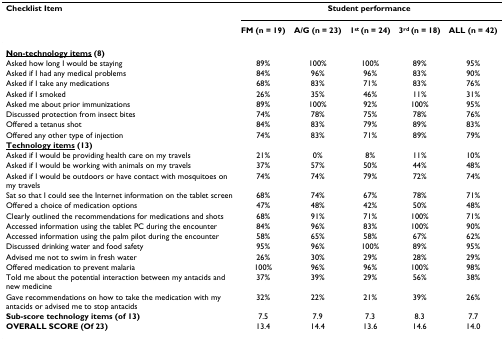
<table><thead><tr><td><b>Checklist Item</b></td><td colspan="5"><b>Student performance</b></td></tr><tr><td></td><td><b>FM (n = 19)</b></td><td><b>A/G (n = 23)</b></td><td><b>1<sup>st </sup>(n = 24)</b></td><td><b>3<sup>rd </sup>(n = 18)</b></td><td><b>ALL (n = 42)</b></td></tr></thead><tbody><tr><td><b><underline>Non-technology items</underline> (8)</b></td><td></td><td></td><td></td><td></td><td></td></tr><tr><td>Asked how long I would be staying</td><td>89%</td><td>100%</td><td>100%</td><td>89%</td><td>95%</td></tr><tr><td>Asked if I had any medical problems</td><td>84%</td><td>96%</td><td>96%</td><td>83%</td><td>90%</td></tr><tr><td>Asked if I take any medications</td><td>68%</td><td>83%</td><td>71%</td><td>83%</td><td>76%</td></tr><tr><td>Asked if I smoked</td><td>26%</td><td>35%</td><td>46%</td><td>11%</td><td>31%</td></tr><tr><td>Asked me about prior immunizations</td><td>89%</td><td>100%</td><td>92%</td><td>100%</td><td>95%</td></tr><tr><td>Discussed protection from insect bites</td><td>74%</td><td>78%</td><td>75%</td><td>78%</td><td>76%</td></tr><tr><td>Offered a tetanus shot</td><td>84%</td><td>83%</td><td>79%</td><td>89%</td><td>83%</td></tr><tr><td>Offered any other type of injection</td><td>74%</td><td>83%</td><td>71%</td><td>89%</td><td>79%</td></tr><tr><td><b><underline>Technology items</underline> (13)</b></td><td></td><td></td><td></td><td></td><td></td></tr><tr><td>Asked if I would be providing health care on my travels</td><td>21%</td><td>0%</td><td>8%</td><td>11%</td><td>10%</td></tr><tr><td>Asked if I would be working with animals on my travels</td><td>37%</td><td>57%</td><td>50%</td><td>44%</td><td>48%</td></tr><tr><td>Asked if I would be outdoors or have contact with mosquitoes on my travels</td><td>74%</td><td>74%</td><td>79%</td><td>72%</td><td>74%</td></tr><tr><td>Sat so that I could see the Internet information on the tablet screen</td><td>68%</td><td>74%</td><td>67%</td><td>78%</td><td>71%</td></tr><tr><td>Offered a choice of medication options</td><td>47%</td><td>48%</td><td>42%</td><td>50%</td><td>48%</td></tr><tr><td>Clearly outlined the recommendations for medications and shots</td><td>68%</td><td>91%</td><td>71%</td><td>100%</td><td>71%</td></tr><tr><td>Accessed information using the tablet PC during the encounter</td><td>84%</td><td>96%</td><td>83%</td><td>100%</td><td>90%</td></tr><tr><td>Accessed information using the palm pilot during the encounter</td><td>58%</td><td>65%</td><td>58%</td><td>67%</td><td>62%</td></tr><tr><td>Discussed drinking water and food safety</td><td>95%</td><td>96%</td><td>100%</td><td>89%</td><td>95%</td></tr><tr><td>Advised me not to swim in fresh water</td><td>26%</td><td>30%</td><td>29%</td><td>28%</td><td>29%</td></tr><tr><td>Offered medication to prevent malaria</td><td>100%</td><td>96%</td><td>96%</td><td>100%</td><td>98%</td></tr><tr><td>Told me about the potential interaction between my antacids and new medicine</td><td>37%</td><td>39%</td><td>29%</td><td>56%</td><td>38%</td></tr><tr><td>Gave recommendations on how to take the medication with my antacids or advised me to stop antacids</td><td>32%</td><td>22%</td><td>21%</td><td>39%</td><td>26%</td></tr><tr><td><b>Sub-score technology items (of 13)</b></td><td>7.5</td><td>7.9</td><td>7.3</td><td>8.3</td><td>7.7</td></tr><tr><td><b>OVERALL SCORE (Of 23)</b></td><td>13.4</td><td>14.4</td><td>13.6</td><td>14.6</td><td>14.0</td></tr></tbody></table>